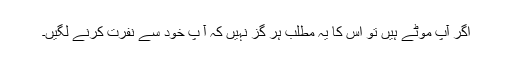
اگر آپ موٹے ہیں تو اس کا یہ مطلب ہر گز نہیں کہ آ پ خود سے نفرت کرنے لگیں۔